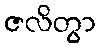
ဇလိတွာ